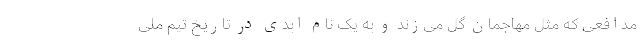
مدافعی که مثل مهاجمان گل می‌زند و به یک نام ابدی در تاریخ تیم ملی